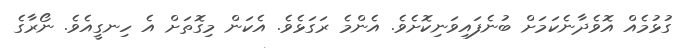
ގުޅުމެއް އޮވެދާނެކަމަށް ބުނެފައިވަނިކޮށެވެ. އެންމެ ރަގަޅެވެ. އެކަން މިގޮތަށް އެ ހިނގީއެވެ. ނޯރާގެ